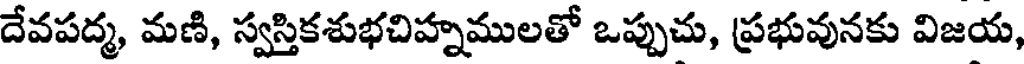
దేవపద్మ, మణి, స్వస్తికశుభచిహ్నములతో ఒప్పుచు, ప్రభువునకు విజయ,